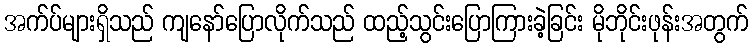
အက်ပ်များရှိသည် ကျနော်ပြောလိုက်သည် ထည့်သွင်းပြောကြားခဲ့ခြင်း မိုဘိုင်းဖုန်းအတွက်